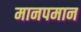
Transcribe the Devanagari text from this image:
मानपमान